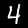
Label: 4